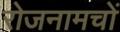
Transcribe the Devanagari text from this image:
रोजनामचों